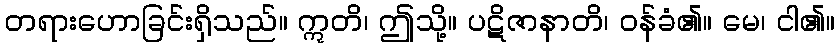
တရားဟောခြင်းရှိသည်။ ဣတိ၊ ဤသို့။ ပဋိဇာနာတိ၊ ဝန်ခံ၏။ မေ၊ ငါ၏။